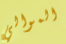
الموالي